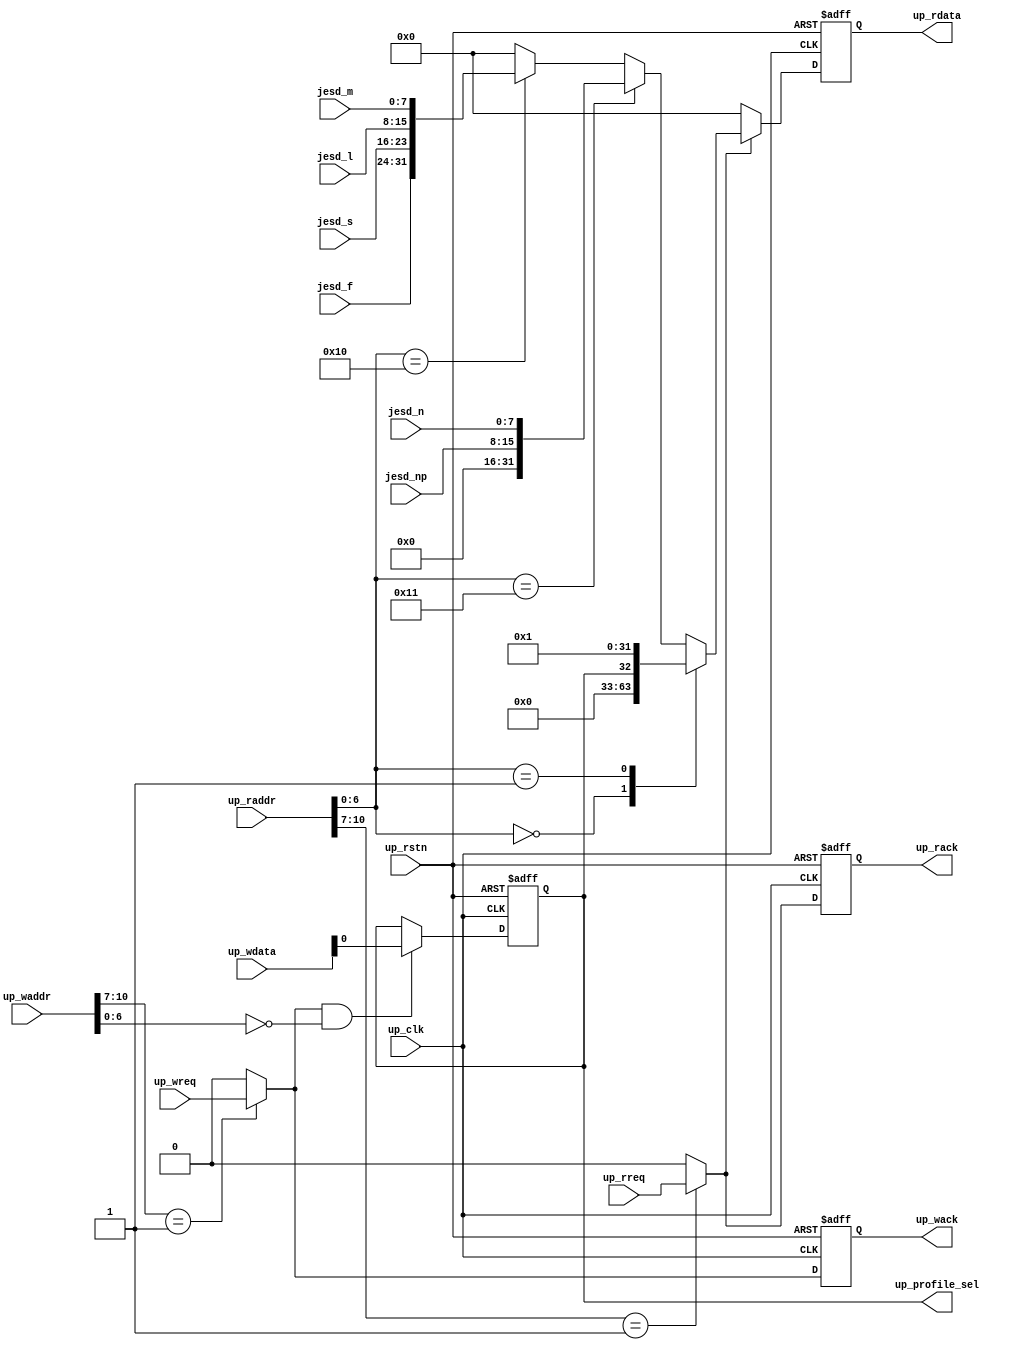
// ***************************************************************************
// ***************************************************************************
// Copyright (C) 2019-2023 Analog Devices, Inc. All rights reserved.
//
// In this HDL repository, there are many different and unique modules, consisting
// of various HDL (Verilog or VHDL) components. The individual modules are
// developed independently, and may be accompanied by separate and unique license
// terms.
//
// The user should read each of these license terms, and understand the
// freedoms and responsibilities that he or she has by using this source/core.
//
// This core is distributed in the hope that it will be useful, but WITHOUT ANY
// WARRANTY; without even the implied warranty of MERCHANTABILITY or FITNESS FOR
// A PARTICULAR PURPOSE.
//
// Redistribution and use of source or resulting binaries, with or without modification
// of this file, are permitted under one of the following two license terms:
//
//   1. The GNU General Public License version 2 as published by the
//      Free Software Foundation, which can be found in the top level directory
//      of this repository (LICENSE_GPL2), and also online at:
//      <https://www.gnu.org/licenses/old-licenses/gpl-2.0.html>
//
// OR
//
//   2. An ADI specific BSD license, which can be found in the top level directory
//      of this repository (LICENSE_ADIBSD), and also on-line at:
//      https://github.com/analogdevicesinc/hdl/blob/master/LICENSE_ADIBSD
//      This will allow to generate bit files and not release the source code,
//      as long as it attaches to an ADI device.
//
// ***************************************************************************
// ***************************************************************************

`timescale 1ns/100ps

module up_tpl_common #(

  // parameters
  parameter COMMON_ID = 2'h0,   // Offset of regmap
  parameter NUM_PROFILES = 1 // Number of JESD profiles
) (
  input [NUM_PROFILES*8-1: 0] jesd_m,
  input [NUM_PROFILES*8-1: 0] jesd_l,
  input [NUM_PROFILES*8-1: 0] jesd_s,
  input [NUM_PROFILES*8-1: 0] jesd_f,
  input [NUM_PROFILES*8-1: 0] jesd_n,
  input [NUM_PROFILES*8-1: 0] jesd_np,

  output reg [$clog2(NUM_PROFILES):0] up_profile_sel = 'h0,

  // bus interface

  input               up_rstn,
  input               up_clk,
  input               up_wreq,
  input       [10:0]  up_waddr,
  input       [31:0]  up_wdata,
  output              up_wack,
  input               up_rreq,
  input       [10:0]  up_raddr,
  output      [31:0]  up_rdata,
  output              up_rack
);

  // internal registers
  reg             up_rack_int = 'd0;
  reg             up_wack_int = 'd0;
  reg     [31:0]  up_rdata_int = 'd0;

  // internal signals
  wire            up_wreq_s;
  wire            up_rreq_s;
  reg     [31:0]  up_rdata_jesd_params;

  // decode block select

  assign up_wreq_s = (up_waddr[10:7] == {COMMON_ID,1'b1}) ? up_wreq : 1'b0;
  assign up_rreq_s = (up_raddr[10:7] == {COMMON_ID,1'b1}) ? up_rreq : 1'b0;

  // processor write interface

  assign up_wack = up_wack_int;

  always @(negedge up_rstn or posedge up_clk) begin
    if (up_rstn == 0) begin
      up_wack_int <= 'd0;
      up_profile_sel <= 'd0;
    end else begin
      up_wack_int <= up_wreq_s;
      if ((up_wreq_s == 1'b1) && (up_waddr[6:0] == 7'h00)) begin
        up_profile_sel <= up_wdata[$clog2(NUM_PROFILES):0];
      end
    end
  end

  // processor read interface

  assign up_rack = up_rack_int;
  assign up_rdata = up_rdata_int;

  always @(negedge up_rstn or posedge up_clk) begin
    if (up_rstn == 0) begin
      up_rack_int <= 'd0;
      up_rdata_int <= 'd0;
    end else begin
      up_rack_int <= up_rreq_s;
      if (up_rreq_s == 1'b1) begin
        case (up_raddr[6:0])
          7'h00: up_rdata_int <= up_profile_sel;
          7'h01: up_rdata_int <= NUM_PROFILES;
          default: up_rdata_int <= up_rdata_jesd_params;
        endcase
      end else begin
        up_rdata_int <= 32'd0;
      end
    end
  end

  integer i;
  always @(*) begin
    for (i=0; i<NUM_PROFILES; i = i + 1) begin:jesd_param
      up_rdata_jesd_params = 0;
      if (up_rreq_s == 1'b1) begin
        if (up_raddr[6:0] == 7'h10 + {i[5:0],1'b0}) begin
          up_rdata_jesd_params = {jesd_f[i*8+:8], jesd_s[i*8+:8],
                                  jesd_l[i*8+:8], jesd_m[i*8+:8]};
        end
        if (up_raddr[6:0] == 7'h11 + {i[5:0],1'b0}) begin
          up_rdata_jesd_params = {16'b0,jesd_np[i*8+:8], jesd_n[i*8+:8]};
        end
      end
    end
  end

endmodule